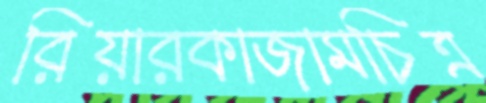
রিয়ারকাজামচিত্র